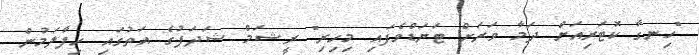
"ހިނގާ ކޮޓަރިއަށް ދަމާ ވަރަށް ޓަޔަޑްވެފައި މިހިރި" ރީޝަމް ޝަދަފުގެ އަތުގައި ހިފާލަމުން